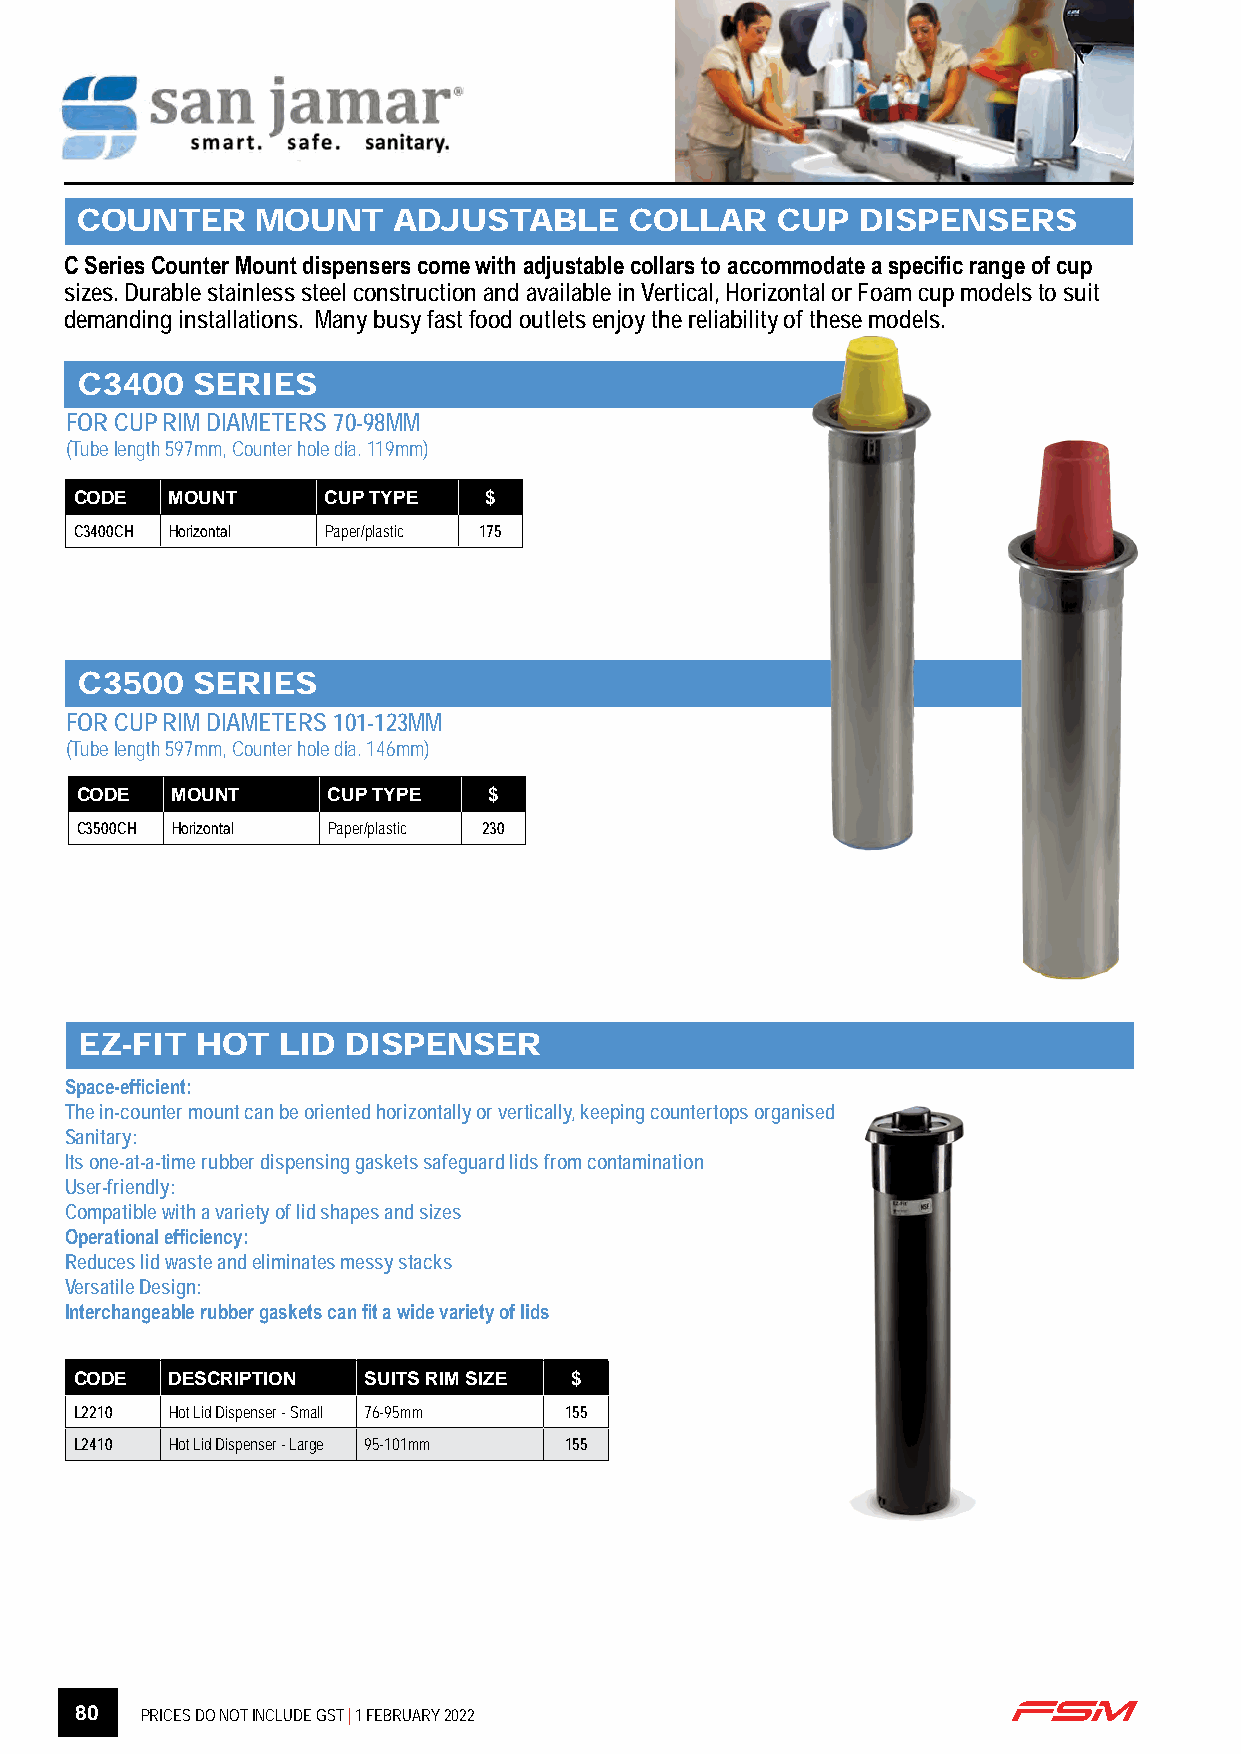
COUNTER     MOUNT    ADJUSTABLE      COLLAR   CUP   DISPENSERS
 C Series Counter Mount dispensers come with adjustable collars to accommodate a specific range of cup
 sizes. Durable stainless steel construction and available in Vertical, Horizontal or Foam cup models to suit
 demanding installations. Many busy fast food outlets enjoy the reliability of these models.
 C3400   SERIES
 FOR CUP RIM DIAMETERS 70-98MM
 (Tube length 597mm, Counter hole dia. 119mm)
 CODE  MOUNT      CUP TYPE  $
 C3400CH Horizontal Paper/plastic 175
 C3500   SERIES
 FOR CUP RIM DIAMETERS 101-123MM
 (Tube length 597mm, Counter hole dia. 146mm)
 CODE  MOUNT      CUP TYPE  $
 C3500CH Horizontal Paper/plastic 230
 EZ-FIT  HOT  LID  DISPENSER
 Space-efficient:
 The in-counter mount can be oriented horizontally or vertically, keeping countertops organised
 Sanitary:
 Its one-at-a-time rubber dispensing gaskets safeguard lids from contamination
 User-friendly:
 Compatible with a variety of lid shapes and sizes
 Operational efficiency:
 Reduces lid waste and eliminates messy stacks
 Versatile Design:
 Interchangeable rubber gaskets can fit a wide variety of lids
 CODE  DESCRIPTION  SUITS RIM SIZE $
 L2210 Hot Lid Dispenser - Small 76-95mm 155
 L2410 Hot Lid Dispenser - Large 95-101mm 155
 80  PRICES DO NOT INCLUDE GST | 1 FEBRUARY 2022